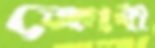
ক্রোধী